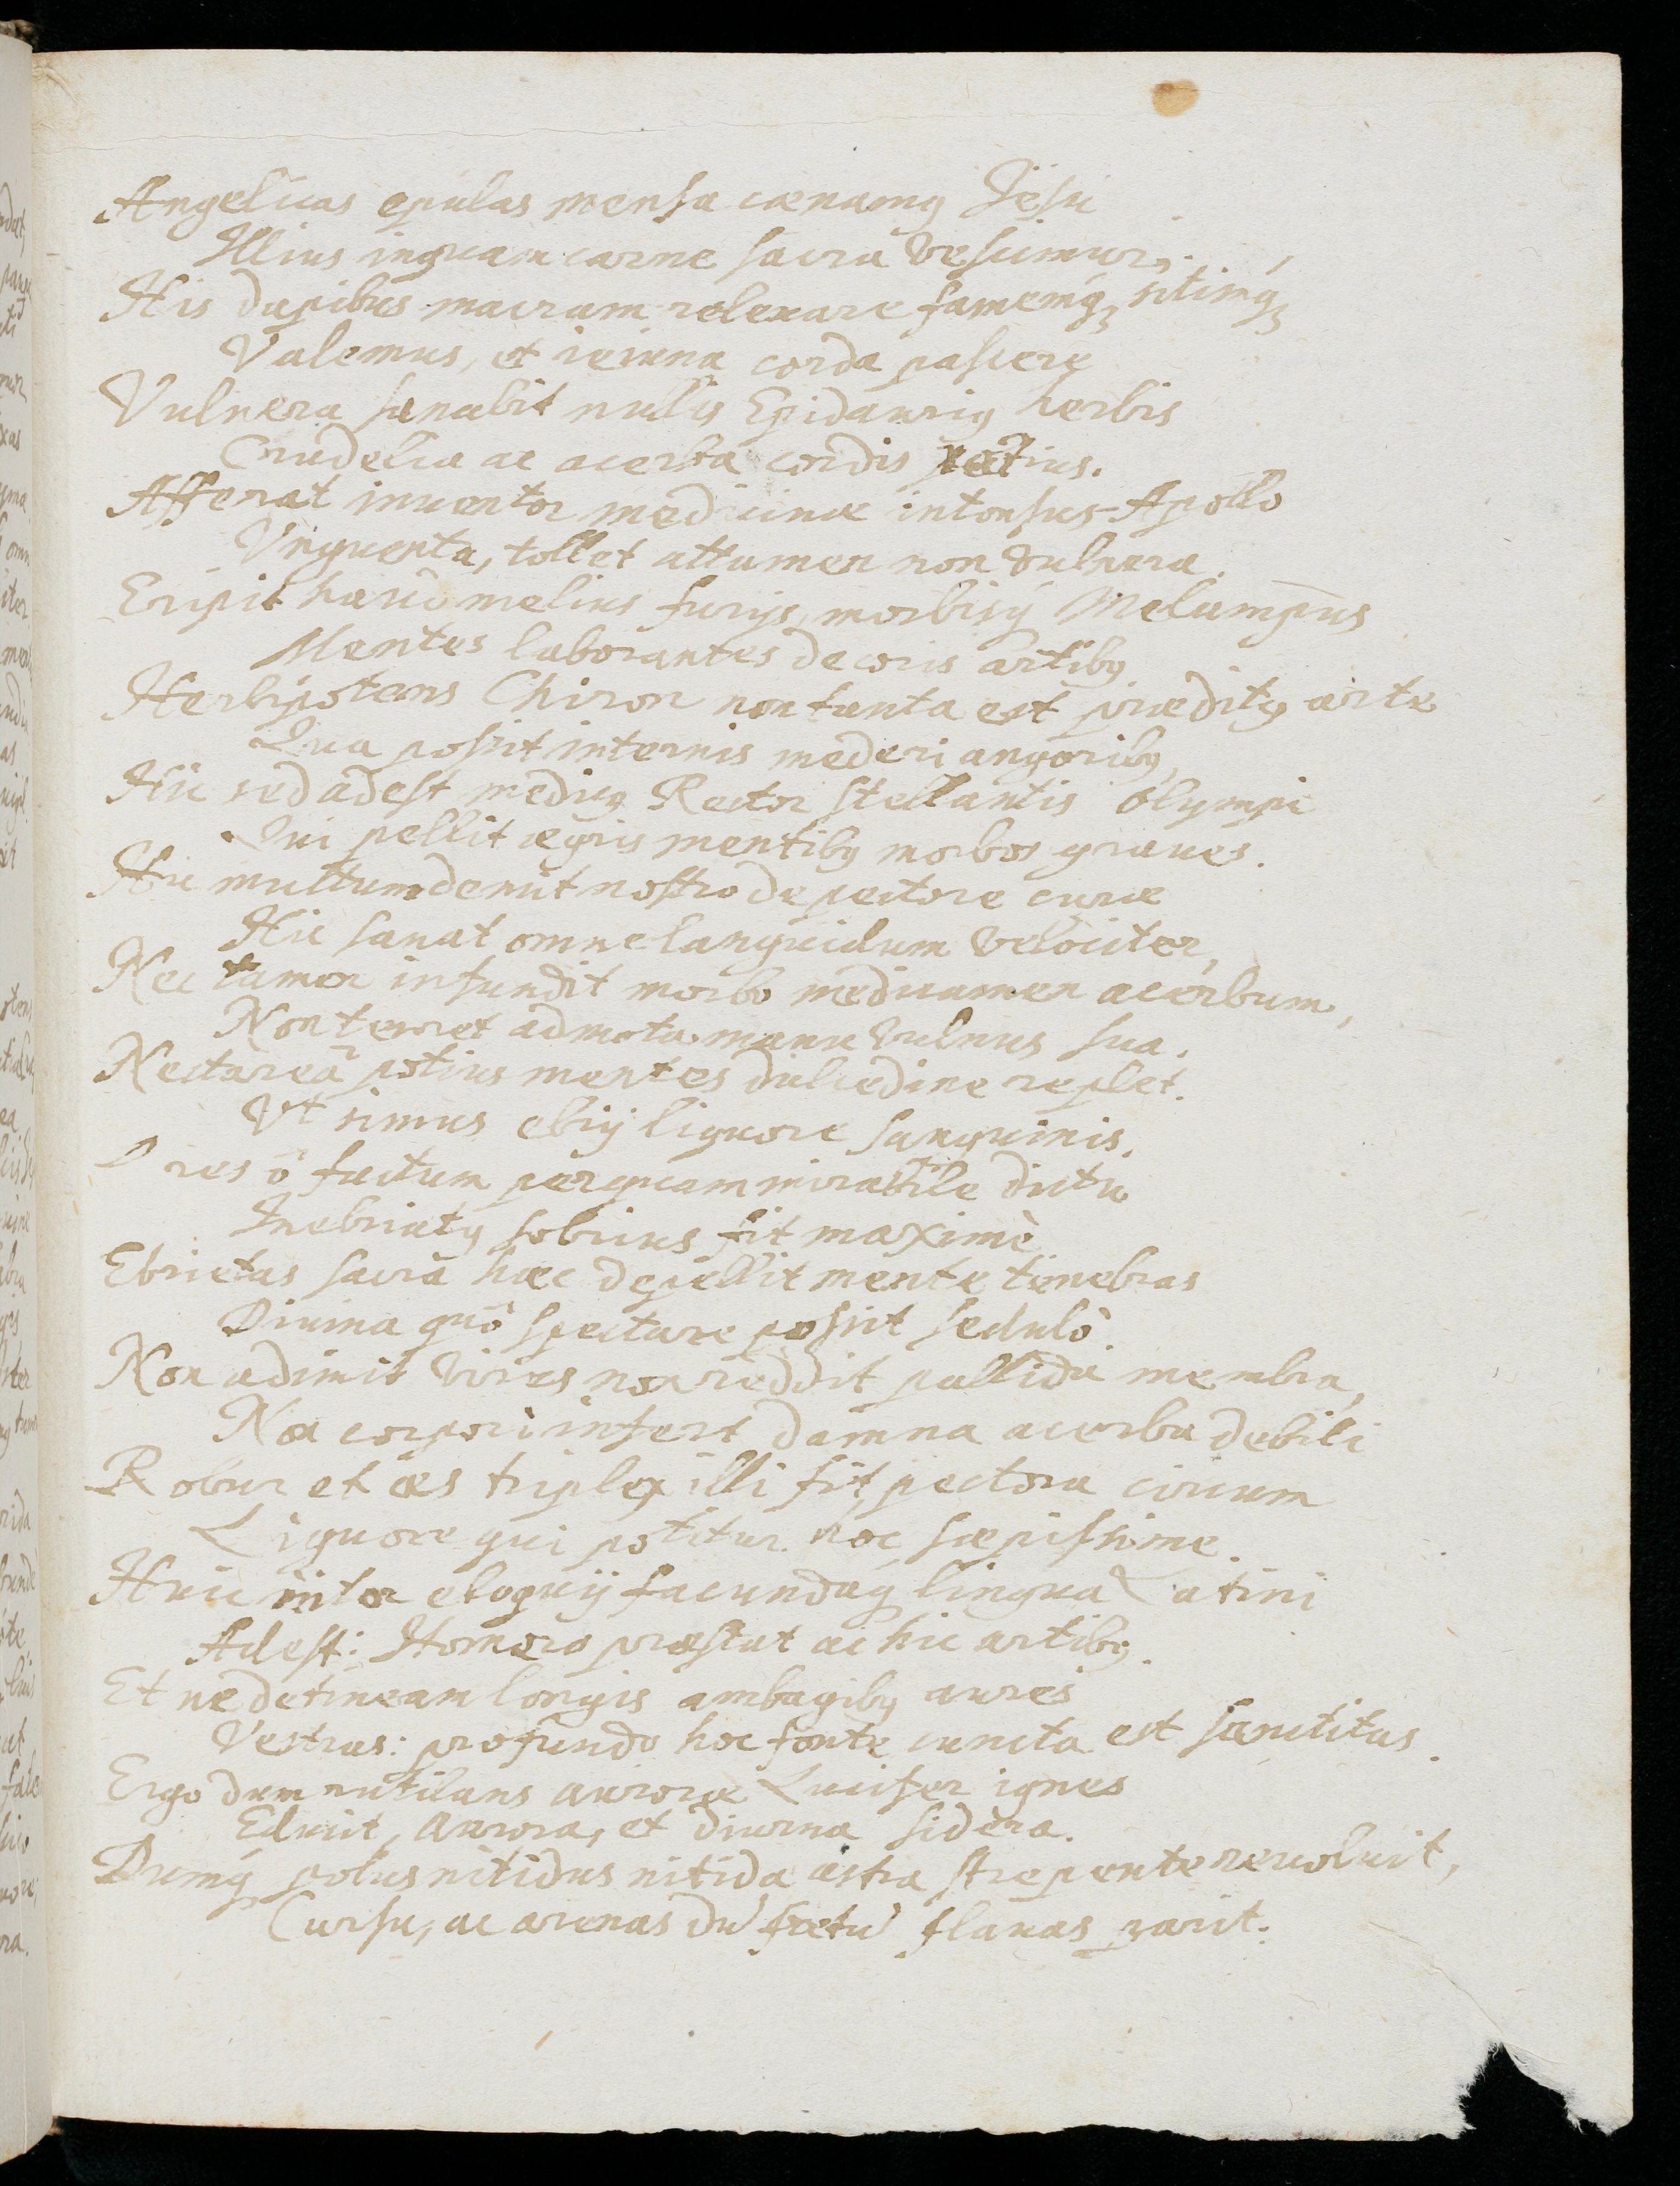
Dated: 1637–1673